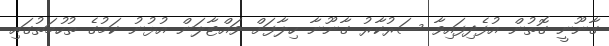
ގާނޫނީ ގޮތުން އުފެދިފައިވާ ސަރުކާރު ގާނޫނާ ހިލާފަށް ވައްޓާލަން އުޅުނު ކަމުގެ ތުހުމަތުގައި